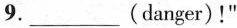
9.___(danger)!"